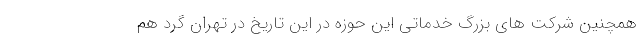
همچنین شرکت ‌های بزرگ خدماتی این حوزه در این تاریخ در تهران گرد هم